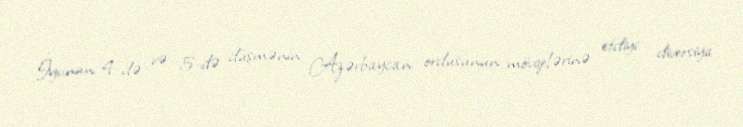
İyunun 4-də və 5-də düşmənin Azərbaycan ordusunun mövqelərinə etdiyi diversiya